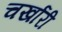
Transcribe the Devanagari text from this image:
चर्खारी